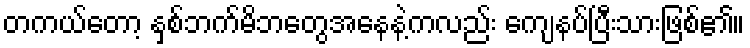
တကယ်တော့ နှစ်ဘက်မိဘတွေအနေနဲ့ကလည်း ကျေနပ်ပြီးသားဖြစ်၏။